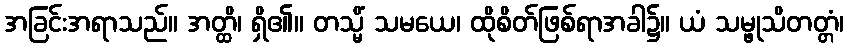
အခြင်းအရာသည်။ အတ္ထိ၊ ရှိ၏။ တသ္မိံ သမယေ၊ ထိုစိတ်ဖြစ်ရာအခါ၌။ ယံ သမ္ဖုသိတတ္တံ၊